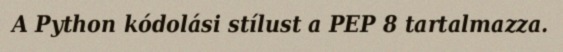
A Python kódolási stílust a PEP 8 tartalmazza.